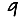
Digit: 9